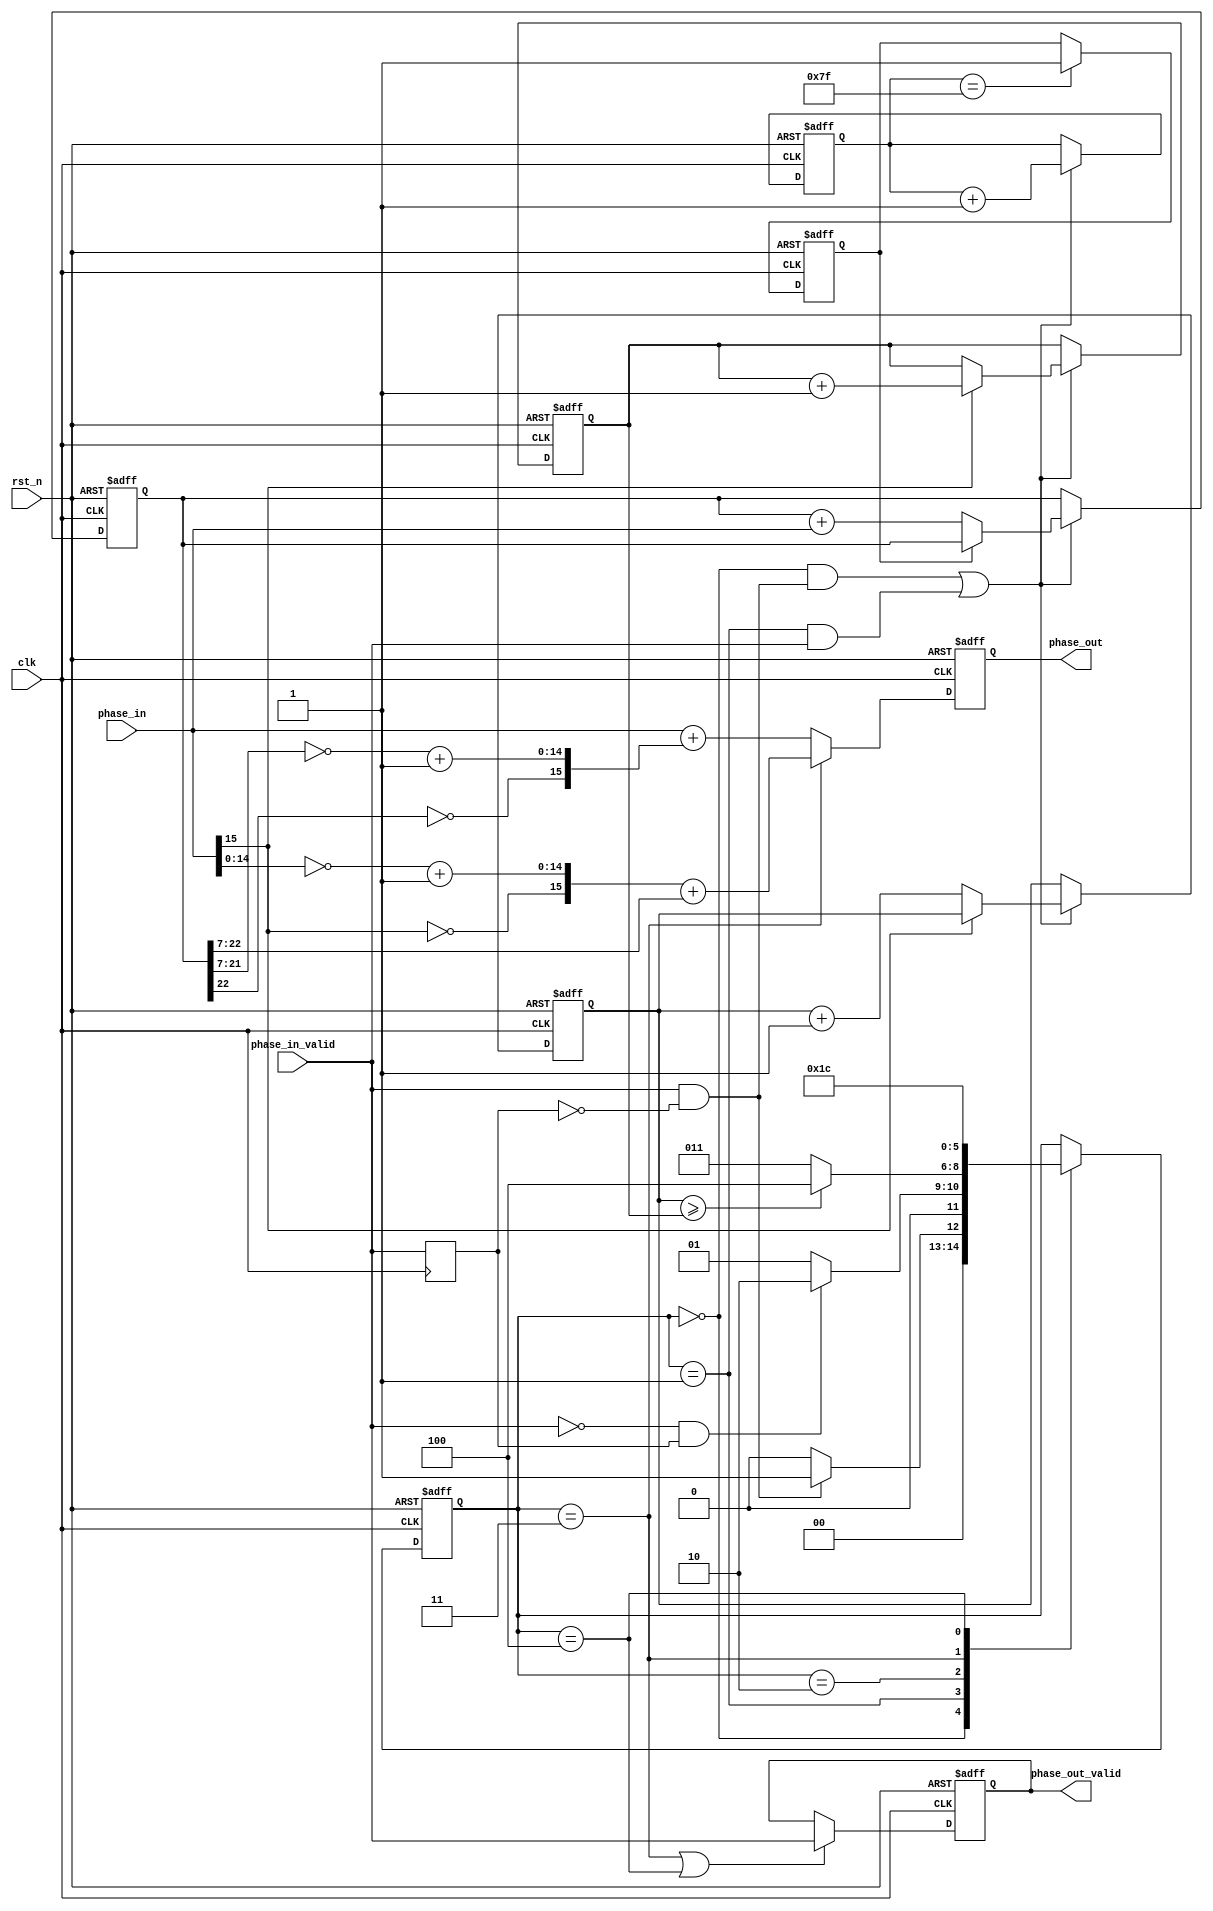
module phase_inv_judge_sub_bias(
 input               clk,
  input               rst_n,
  input   [15:0]      phase_in,
  input               phase_in_valid,
  output reg  [15:0]  phase_out,
  output reg          phase_out_valid  
);
reg  phase_in_valid_r;
 //reg  [15:0]  phase_average;
 wire  phase_in_negedge;
 wire  phase_in_posedge; 
 assign  phase_in_negedge=(!phase_in_valid)&&phase_in_valid_r;
 assign  phase_in_posedge=phase_in_valid&&(!phase_in_valid_r);


reg [22:0]  phase_accum;
wire   [15:0]  phase_average;
wire   [15:0]  phase_average_inv;
assign  phase_average=phase_accum[22:7];
assign  phase_average_inv={~phase_accum[22],~phase_accum[21:7]+1'b1};
wire [15:0]  phase_in_inv;
assign  phase_in_inv={~phase_in[15],~phase_in[14:0]+1'b1};
reg  [7:0]   accum_count;
reg          accum_sig;


reg [2:0] state;
localparam  IDLE         =3'd0;
localparam  PHASE_COUNT  =3'd1;
localparam  PHASE_JUDGE  =3'd2;
localparam  PHASE_CORRECTION  =3'd3;
localparam  PHASE_NO_CORRECTION  =3'd4;

 always@(posedge clk or negedge rst_n)
  if(!rst_n)
  state<=IDLE;
  else  begin
   case(state)
   IDLE:
     state<=(phase_in_posedge)?PHASE_COUNT:IDLE;
     
   PHASE_COUNT:
     state<=(phase_in_negedge)?PHASE_JUDGE:PHASE_COUNT;     
     
   PHASE_JUDGE:  
     state<=(positive_count>=negative_count)?PHASE_NO_CORRECTION:PHASE_CORRECTION;
     
     
   PHASE_CORRECTION:  
     state<=PHASE_CORRECTION;  
     
     
   PHASE_NO_CORRECTION:  
     state<=PHASE_NO_CORRECTION;

    default:;
    endcase
    end

    reg [7:0] positive_count;
    reg [7:0] negative_count;
    
   always@(posedge clk or negedge rst_n)
    if(!rst_n) 
    positive_count<=0;
    else if(((state==IDLE)&&phase_in_posedge)||((state==PHASE_COUNT)&&phase_in_valid))
    positive_count<=(!phase_in[15])?(positive_count+1'b1):positive_count;
    
   always@(posedge clk or negedge rst_n)
    if(!rst_n) 
    negative_count<=0;
    else if(((state==IDLE)&&phase_in_posedge)||((state==PHASE_COUNT)&&phase_in_valid))
    negative_count<=(phase_in[15])?(negative_count+1'b1):negative_count; 
    
    
 always@(posedge clk or negedge rst_n)
  if(!rst_n)
    phase_out_valid<=0;
   else if((state==PHASE_CORRECTION)||(state==PHASE_NO_CORRECTION ) )
    phase_out_valid<=phase_in_valid;
    
  always@(posedge clk or negedge rst_n)
  if(!rst_n) 
    phase_out<=0;
   else if(state==PHASE_CORRECTION) 
    phase_out<=phase_in_inv+phase_average;
   // phase_out<=phase_in_inv+phase_average;
    else
    phase_out<=phase_in+phase_average_inv;
    
   always@(posedge clk or negedge rst_n)
     if(!rst_n)  
    accum_count<=0;
    else if(((state==IDLE)&&(phase_in_posedge)||((state==PHASE_COUNT)&&phase_in_valid)))
    accum_count<=accum_count+1'b1;
    
    always@(posedge clk or negedge rst_n)
     if(!rst_n) 
      accum_sig<=0;
    else if(accum_count==8'd127)
      accum_sig<=1;
    
  always@(posedge clk or negedge rst_n)
   if(!rst_n)
    phase_accum<=0; 
  else if(((state==IDLE)&&(phase_in_posedge)||((state==PHASE_COUNT)&&phase_in_valid)))
    phase_accum<=(!accum_sig)?($signed(phase_accum)+$signed(phase_in)):phase_accum; 

  always@(posedge clk)
    phase_in_valid_r<=phase_in_valid;

   
endmodule